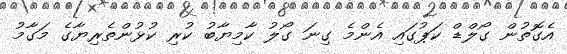
އެގޮތުން ގޯލްޑް ކަޕުގައި އެންމެ ގިނަ ގޯލު ކާމިޔާބު ކުރި ކުޅުންތެރިޔާގެ މަގާމު